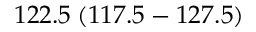
1 2 2 . 5 \: ( 1 1 7 . 5 - 1 2 7 . 5 )